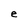
Character: e